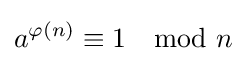
a^{\varphi (n)}\equiv 1\mod n